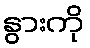
နွားကို